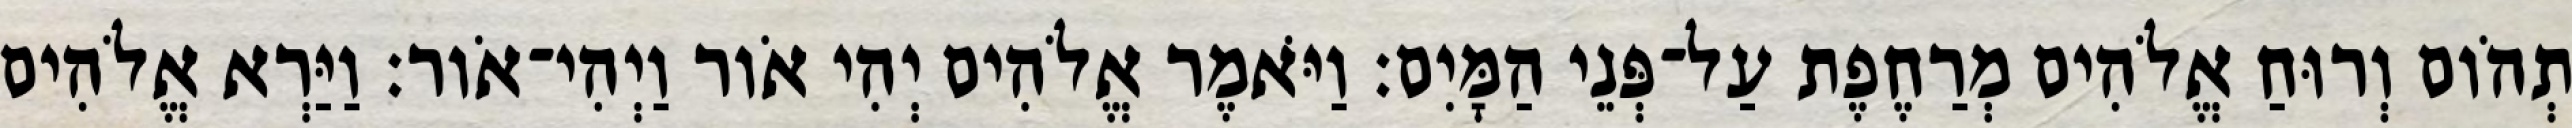
תְהֹום וְרוּחַ אֱלֹהִים מְרַחֶפֶת עַל־פְּנֵי הַמָּיִם׃ וַיֹּאמֶר אֱלֹהִים יְהִי אֹור וַיְהִי־אֹור׃ וַיַּרְא אֱלֹהִים